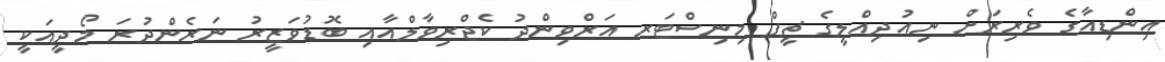
އިންޑިއާގެ ވެރިރަށް ނިއުދިއްލީގެ ޗީފް މިނިސްޓަރ އަރްވިންދު ކެޖްރިވާލްއާއި ބޮޑުވަޒީރު ނަރެންދުރަ މޯދީއަކީ